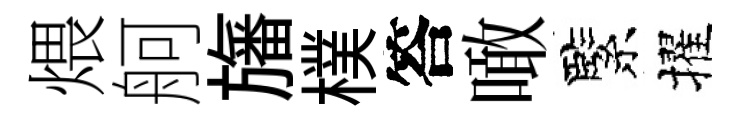
煨舸旛樸答噉緊擢